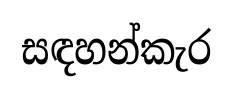
සඳහන්කැර